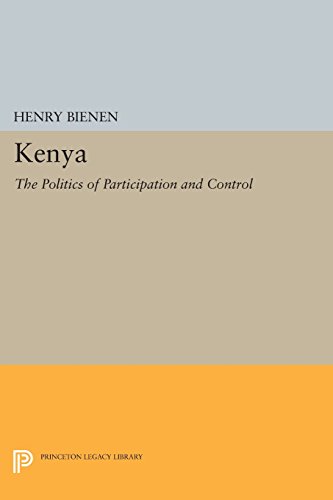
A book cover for Kenya: The Politics of Participation and Control (Center for International Affairs, Harvard University); Henry Bienen; History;